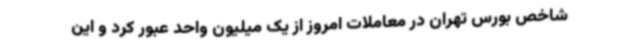
شاخص بورس تهران در معاملات امروز از یک میلیون واحد عبور کرد و این